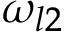
\omega _ { l 2 }